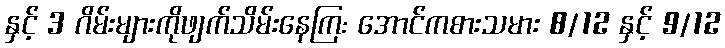
နှင့် 3 ဂိမ်းများကိုဖျက်သိမ်းနေကြ: အောင်ကစားသမား 8/12 နှင့် 9/12